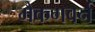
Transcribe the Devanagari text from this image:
मैकगवर्न